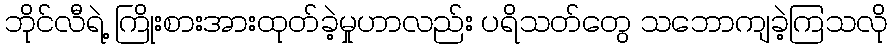
ဘိုင်လီရဲ့ ကြိုးစားအားထုတ်ခဲ့မှုဟာလည်း ပရိသတ်တွေ သဘောကျခဲ့ကြသလို